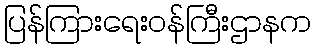
ပြန်ကြားရေးဝန်ကြီးဌာနက